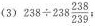
(3)$$238 \div 238 \frac{238}{239}$$;